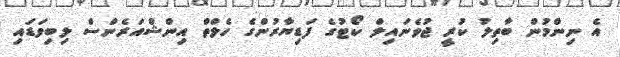
އެ ނިންމުން ބާތިލު ކުރީ ޖުވެނައިލް ކޯޓުގެ ފަޑިޔާރުންގެ ހެލްތް އިންޝްއަރެންސް ލިބިވަޑައި